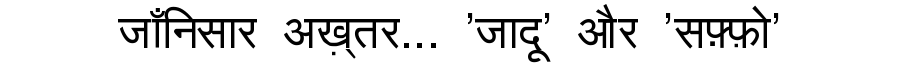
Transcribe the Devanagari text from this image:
जाँनिसार अख़्तर... 'जादू' और 'सफ़्फ़ो'